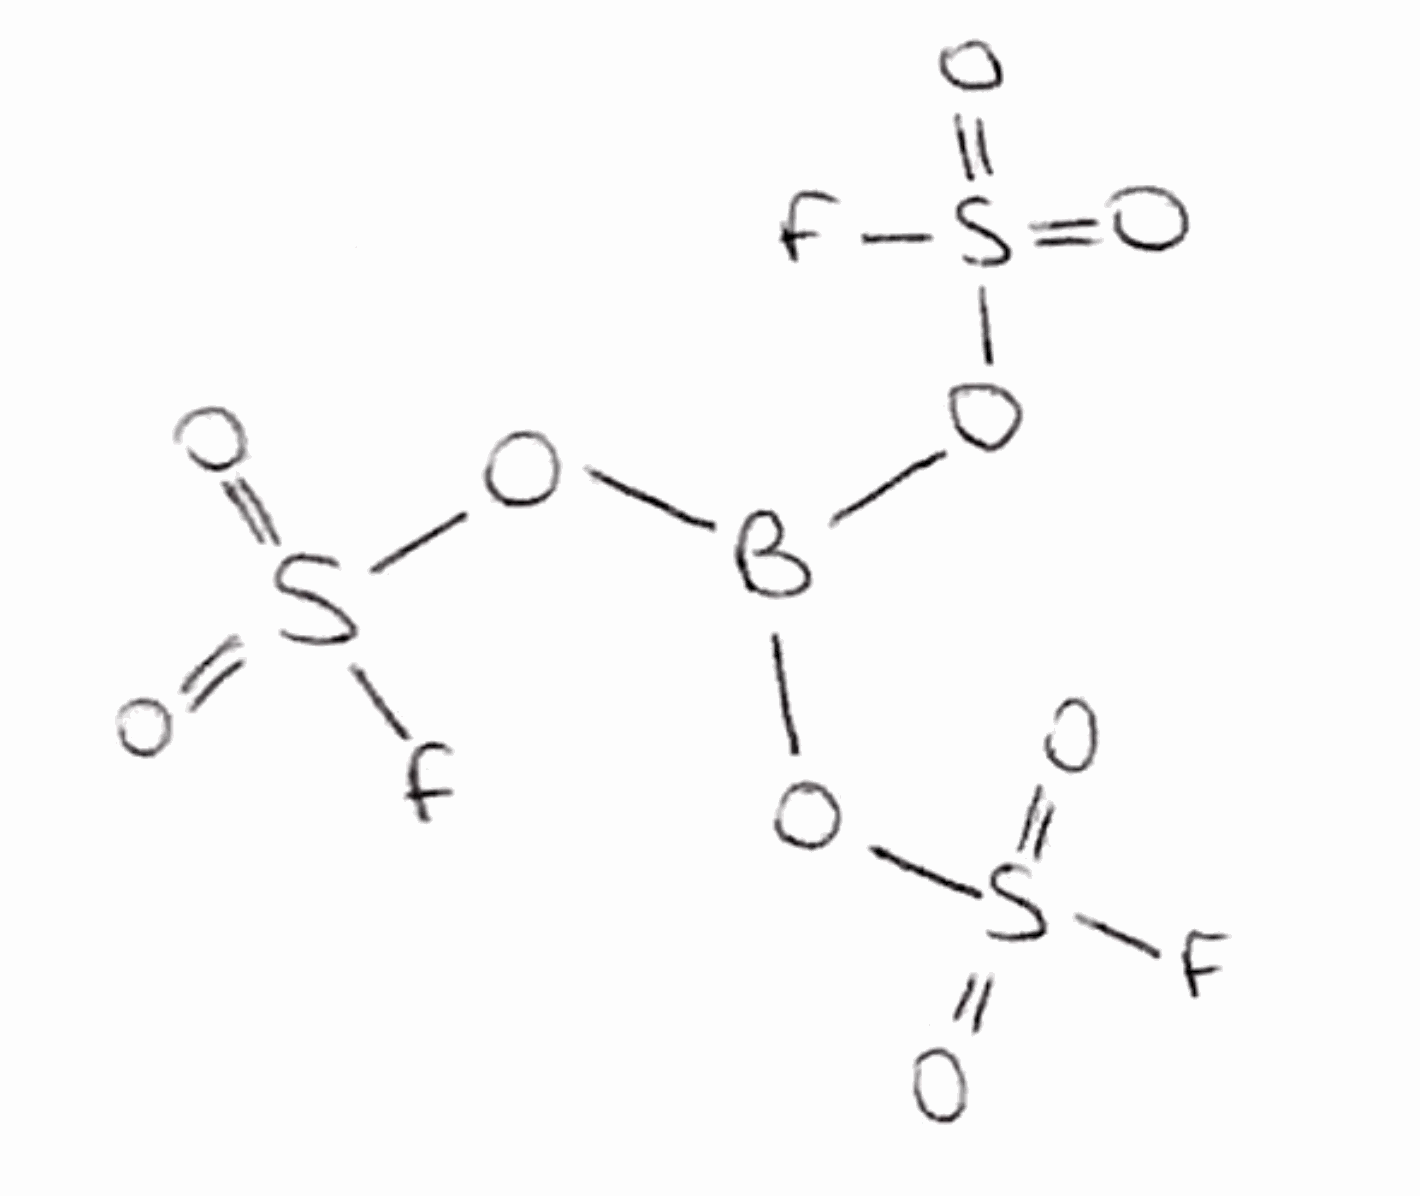
Simplified molecular-input line-entry system (SMILES) notation of the given molecule:
B(OS(=O)(=O)F)(OS(=O)(=O)F)OS(=O)(=O)F